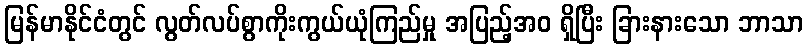
မြန်မာနိုင်ငံတွင် လွတ်လပ်စွာကိုးကွယ်ယုံကြည်မှု အပြည့်အဝ ရှိပြီး ခြားနားသော ဘာသာ